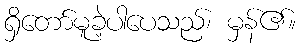
ရှိတော်မူခဲ့ပါပေသည်၊ မှန်၏။